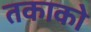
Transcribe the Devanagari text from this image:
तकाको